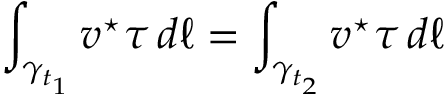
\int _ { \gamma _ { t _ { 1 } } } \boldsymbol { v } ^ { \star } \boldsymbol { \tau } \, d \ell = \int _ { \gamma _ { t _ { 2 } } } \boldsymbol { v } ^ { \star } \boldsymbol { \tau } \, d \ell